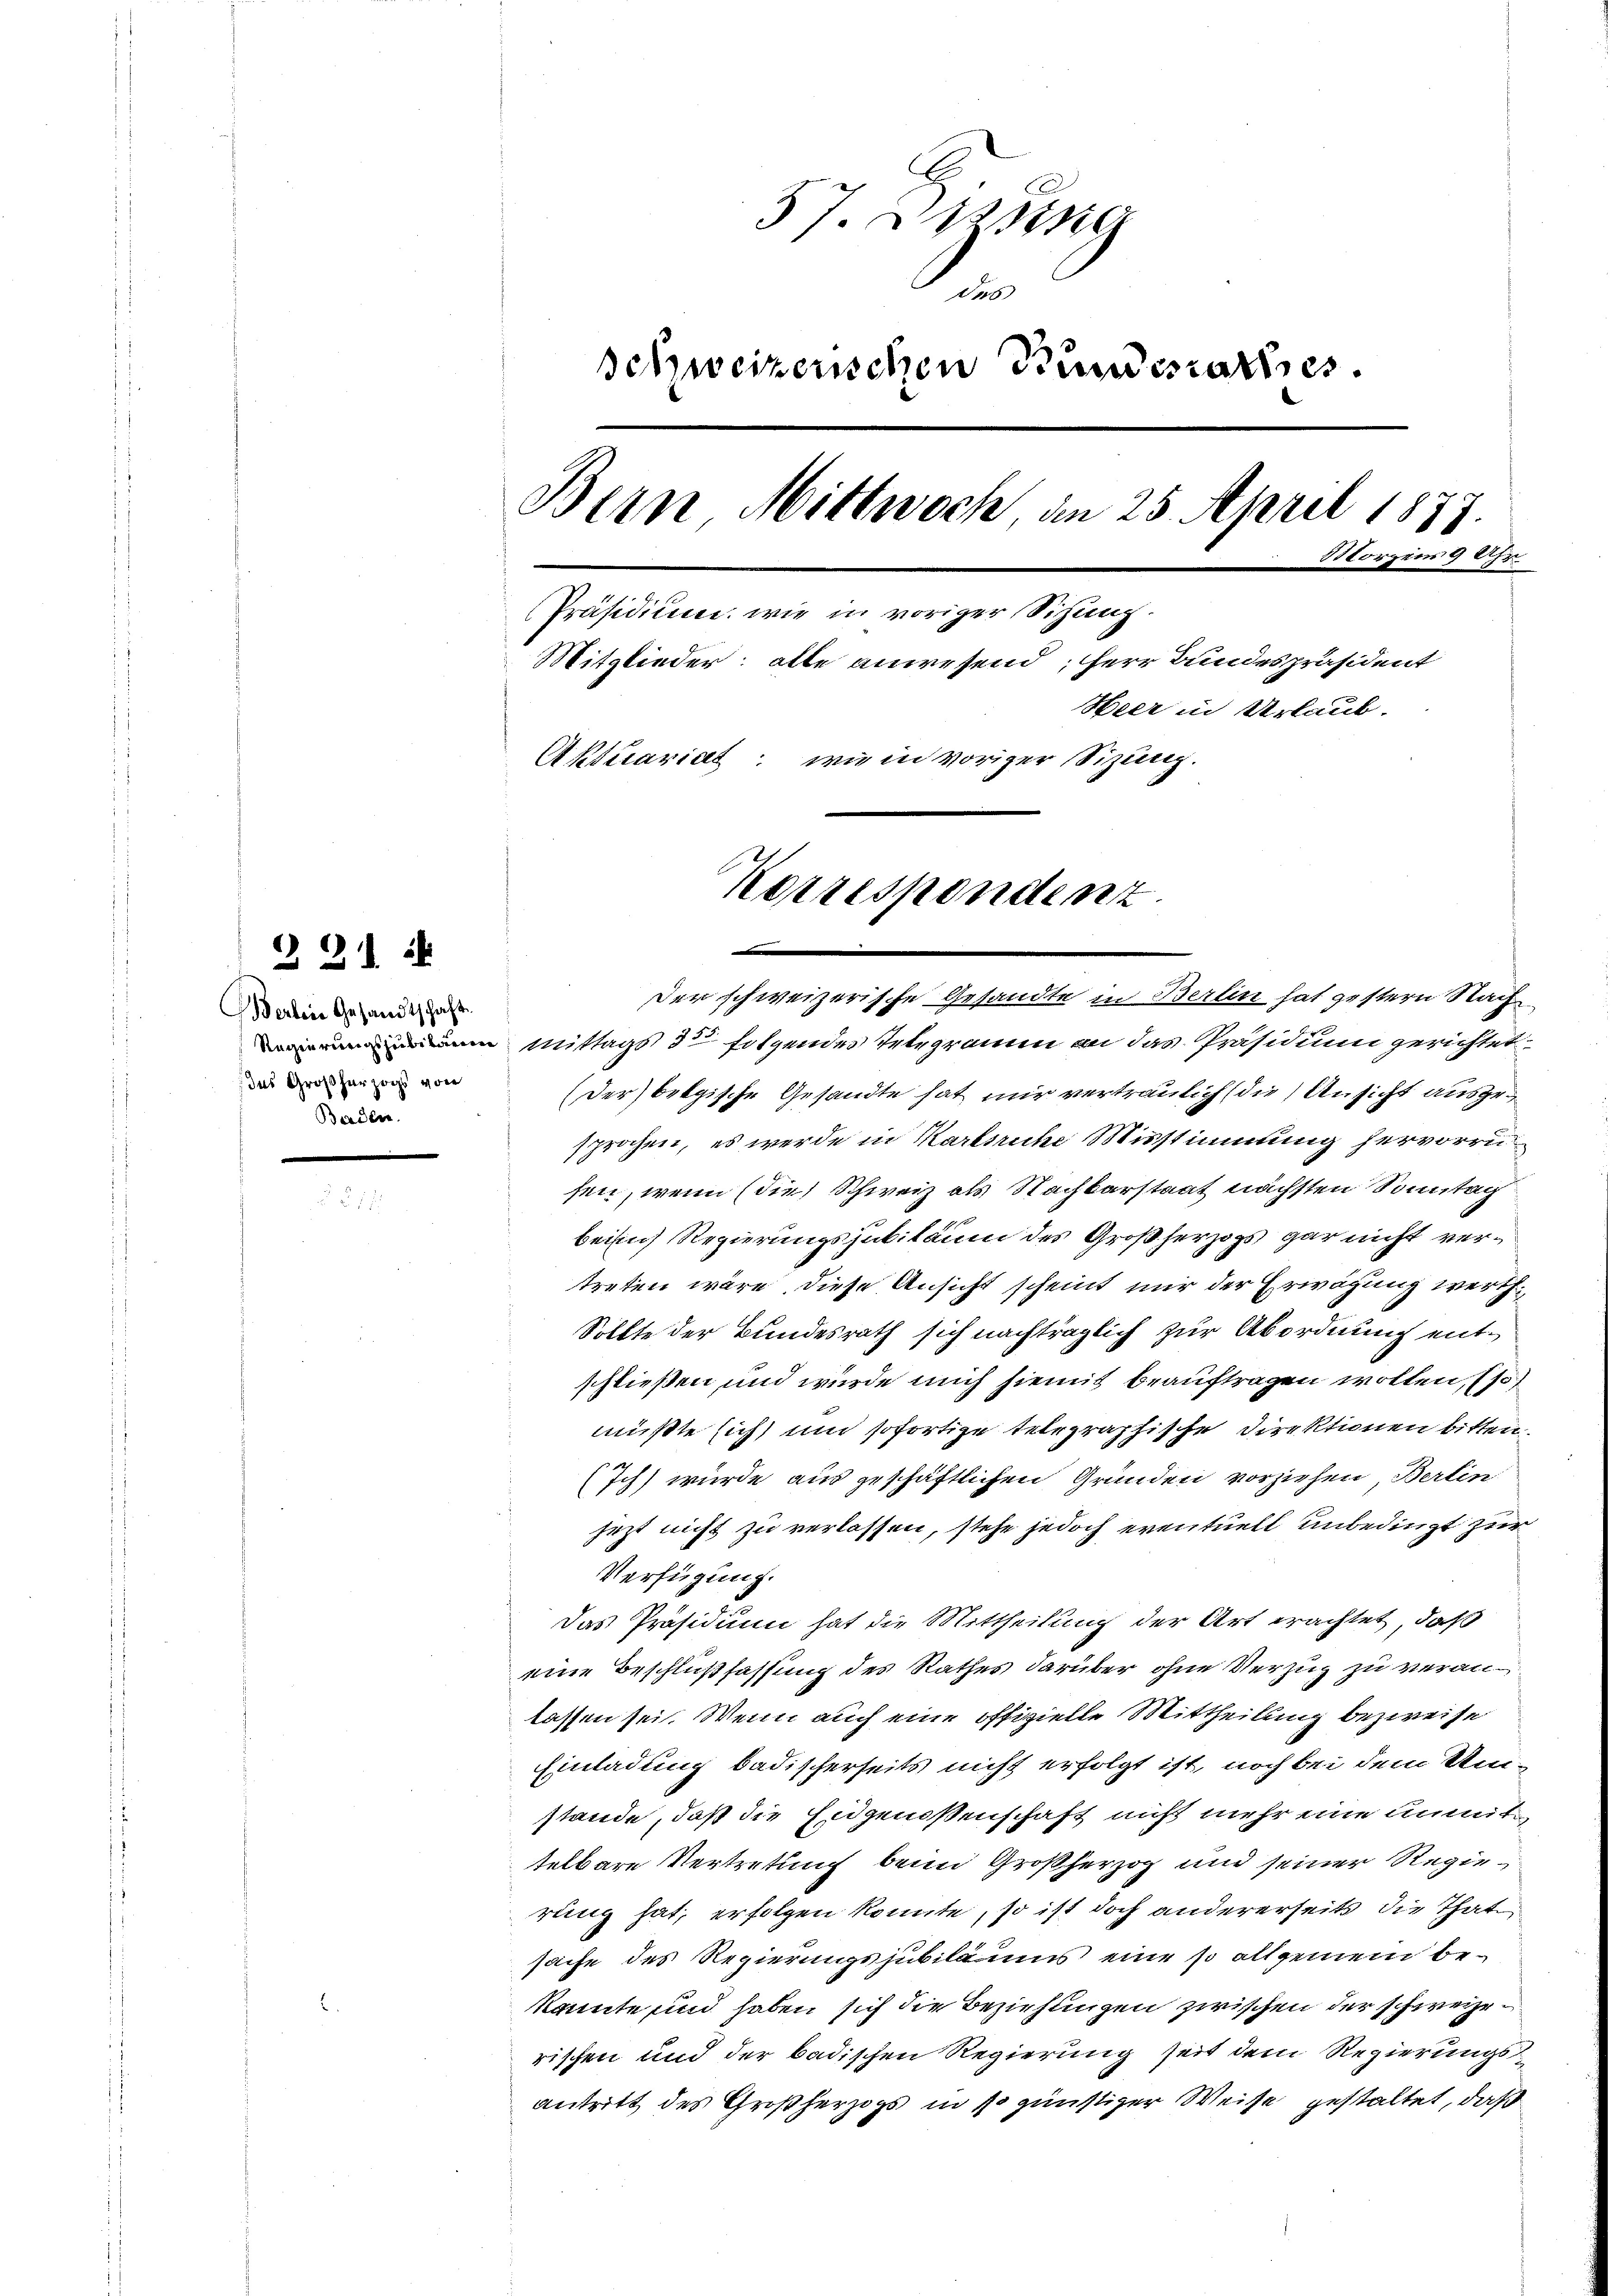
Berlin Gesandtschaft.
das Großherzogs von
Banden.

Z 31

57. Spring
e
Schweizerischen Bundesrathes.
Bern, Mittwoch am 25. April 1877.
Storzens 9 Uhr
Präsidium, wie in voriger Sihung.
Mitglieder: alle anwesend, Herr Bundespräsident
Heer in Urlaub.
Aktuariat, wie in voriger Sizung.
Korrespondenz

Der schweizerische Gesandte in Berlin hat gestern Nach
in Mittags 32 folgendes Integramm an das Präsidium gerichtet.
(der belgische Gesandte hat mir vertraulich (die Ansicht ausgesprochen, es werde in Karlsruhe Misstimmung hervorrusen, wenn (die Schweiz als Nachbarstaat nächsten Sonntag
beim Regierungsjubiläum des Großherzogs gar nicht vertreten wäre, diese Ansicht scheint mir der Erwägung werth¬
Sollte der Bundesrath sich nachträglich zur Abordnung entschließen und würde mich hiemit beauftragen wollen, (s
mußte sich und sofortige telegraphische Direktionen bitten.
(Ich) wurde aus geschäftlichen Gründen vorziehen, Berlin
jezt nicht zu verlassen, stehe jedoch eventuell unbedingt zur
Verfügung.
Das Präsidium hat die Mittheilung der Art erachtet, daß
eine Beschlußfassung des Rathes darüber ohne Verzug zu veranlassen sei. Wenn auch eine offizielle Mittheilung bezweife
Einladung badischerseits nicht erfolgt ist, noch bei dem Umstände, daß die Eidgenoßenschaft nicht mehr eine unmittelbare Vertretung beim Großherzog und seiner Regierung hat, erfolgen könnte, so ist doch andererseits die Thatsache des Regierungsjubiläums eine so allgemein bekannte und haben sich die Beziehungen zwischen der schweizerischen und der badischen Regierung seit dem Regierungsantritt des Großherzogs in so günstiger Weise gestaltet, daß